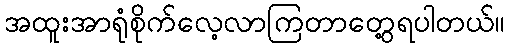
အထူးအာရုံစိုက်လေ့လာကြတာတွေ့ရပါတယ်။